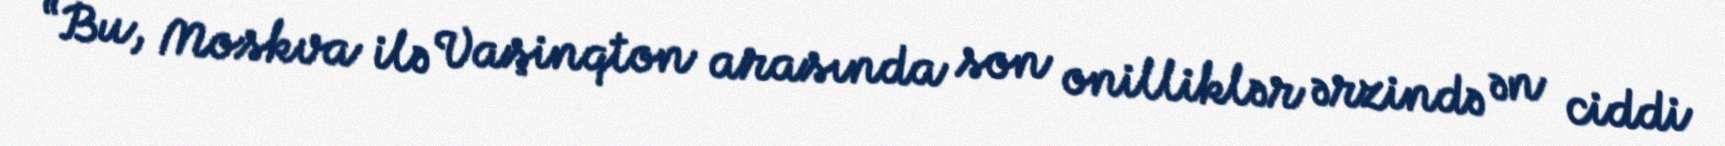
“Bu, Moskva ilə Vaşinqton arasında son onilliklər ərzində ən ciddi